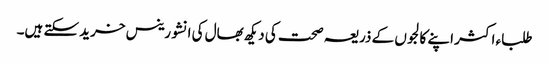
طلباء اکثر اپنے کالجوں کے ذریعہ صحت کی دیکھ بھال کی انشورینس خرید سکتے ہیں۔